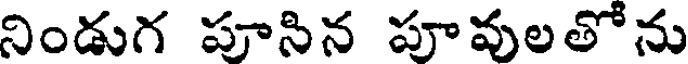
నిండుగ పూనిన పూవులతోను